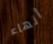
أنهاء